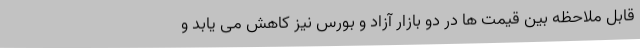
قابل ملاحظه بین قیمت ها در دو بازار آزاد و بورس نیز کاهش می یابد و